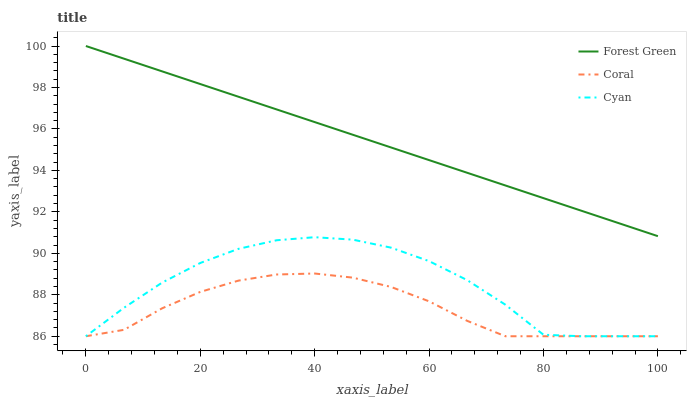
| xaxis_label | Forest Green | Coral | Cyan |
 | --- | --- | --- | --- |
 | 0 | 100 | 86 | 86 |
 | 6.67 | 99.4 | 86.3 | 87.4 |
 | 13.3 | 98.8 | 87.3 | 88.6 |
 | 20 | 98.2 | 88.1 | 89.5 |
 | 26.7 | 97.6 | 88.7 | 90.2 |
 | 33.3 | 96.9 | 89 | 90.6 |
 | 40 | 96.3 | 89 | 90.8 |
 | 46.7 | 95.7 | 88.8 | 90.7 |
 | 53.3 | 95.1 | 88.4 | 90.3 |
 | 60 | 94.5 | 87.7 | 89.6 |
 | 66.7 | 93.9 | 86.7 | 88.7 |
 | 73.3 | 93.3 | 86 | 87.5 |
 | 80 | 92.7 | 86 | 86.1 |
 | 86.7 | 92.1 | 86 | 86 |
 | 93.3 | 91.4 | 86 | 86 |
 | 100 | 90.8 | 86 | 86 |